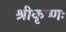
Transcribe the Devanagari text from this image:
श्रीकृष्णः